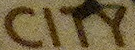
CITY